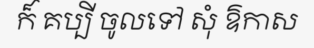
ក៏ គប្បី ចូលទៅ សុំ ឱកាស